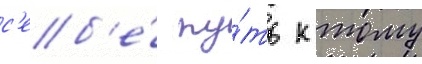
с'еб'е́ пу́ть к тому